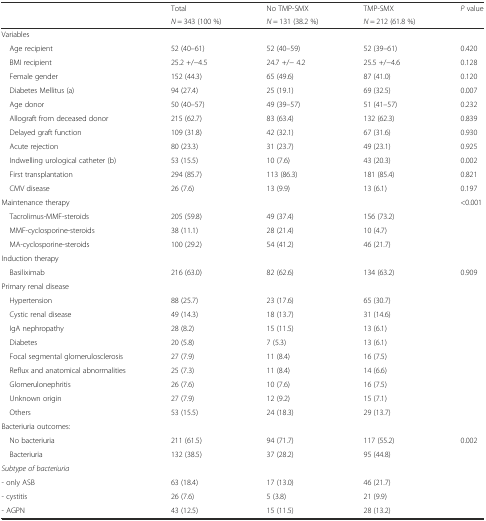
<table><thead><tr><td></td><td><b>Total</b></td><td><b>No TMP-SMX</b></td><td><b>TMP-SMX</b></td><td><b><i>P</i> value</b></td></tr><tr><td></td><td><b><i>N</i> = 343 (100 %)</b></td><td><b><i>N</i> = 131 (38.2 %)</b></td><td><b><i>N</i> = 212 (61.8 %)</b></td><td></td></tr></thead><tbody><tr><td>Variables</td><td></td><td></td><td></td><td></td></tr><tr><td> Age recipient</td><td>52 (40–61)</td><td>52 (40–59)</td><td>52 (39–61)</td><td>0.420</td></tr><tr><td> BMI recipient</td><td>25.2 +/−4.5</td><td>24.7 +/− 4.2</td><td>25.5 +/−4.6</td><td>0.128</td></tr><tr><td> Female gender</td><td>152 (44.3)</td><td>65 (49.6)</td><td>87 (41.0)</td><td>0.120</td></tr><tr><td> Diabetes Mellitus (a)</td><td>94 (27.4)</td><td>25 (19.1)</td><td>69 (32.5)</td><td>0.007</td></tr><tr><td> Age donor</td><td>50 (40–57)</td><td>49 (39–57)</td><td>51 (41–57)</td><td>0.232</td></tr><tr><td> Allograft from deceased donor</td><td>215 (62.7)</td><td>83 (63.4)</td><td>132 (62.3)</td><td>0.839</td></tr><tr><td> Delayed graft function</td><td>109 (31.8)</td><td>42 (32.1)</td><td>67 (31.6)</td><td>0.930</td></tr><tr><td> Acute rejection</td><td>80 (23.3)</td><td>31 (23.7)</td><td>49 (23.1)</td><td>0.925</td></tr><tr><td> Indwelling urological catheter (b)</td><td>53 (15.5)</td><td>10 (7.6)</td><td>43 (20.3)</td><td>0.002</td></tr><tr><td> First transplantation</td><td>294 (85.7)</td><td>113 (86.3)</td><td>181 (85.4)</td><td>0.821</td></tr><tr><td> CMV disease</td><td>26 (7.6)</td><td>13 (9.9)</td><td>13 (6.1)</td><td>0.197</td></tr><tr><td>Maintenance therapy</td><td></td><td></td><td></td><td>&lt;0.001</td></tr><tr><td> Tacrolimus-MMF-steroids</td><td>205 (59.8)</td><td>49 (37.4)</td><td>156 (73.2)</td><td></td></tr><tr><td> MMF-cyclosporine-steroids</td><td>38 (11.1)</td><td>28 (21.4)</td><td>10 (4.7)</td><td></td></tr><tr><td> MA-cyclosporine-steroids</td><td>100 (29.2)</td><td>54 (41.2)</td><td>46 (21.7)</td><td></td></tr><tr><td>Induction therapy</td><td></td><td></td><td></td><td></td></tr><tr><td> Basiliximab</td><td>216 (63.0)</td><td>82 (62.6)</td><td>134 (63.2)</td><td>0.909</td></tr><tr><td>Primary renal disease</td><td></td><td></td><td></td><td></td></tr><tr><td> Hypertension</td><td>88 (25.7)</td><td>23 (17.6)</td><td>65 (30.7)</td><td></td></tr><tr><td> Cystic renal disease</td><td>49 (14.3)</td><td>18 (13.7)</td><td>31 (14.6)</td><td></td></tr><tr><td> IgA nephropathy</td><td>28 (8.2)</td><td>15 (11.5)</td><td>13 (6.1)</td><td></td></tr><tr><td> Diabetes</td><td>20 (5.8)</td><td>7 (5.3)</td><td>13 (6.1)</td><td></td></tr><tr><td> Focal segmental glomerulosclerosis</td><td>27 (7.9)</td><td>11 (8.4)</td><td>16 (7.5)</td><td></td></tr><tr><td> Reflux and anatomical abnormalities</td><td>25 (7.3)</td><td>11 (8.4)</td><td>14 (6.6)</td><td></td></tr><tr><td> Glomerulonephritis</td><td>26 (7.6)</td><td>10 (7.6)</td><td>16 (7.5)</td><td></td></tr><tr><td> Unknown origin</td><td>27 (7.9)</td><td>12 (9.2)</td><td>15 (7.1)</td><td></td></tr><tr><td> Others</td><td>53 (15.5)</td><td>24 (18.3)</td><td>29 (13.7)</td><td></td></tr><tr><td>Bacteriuria outcomes:</td><td></td><td></td><td></td><td></td></tr><tr><td> No bacteriuria</td><td>211 (61.5)</td><td>94 (71.7)</td><td>117 (55.2)</td><td>0.002</td></tr><tr><td> Bacteriuria</td><td>132 (38.5)</td><td>37 (28.2)</td><td>95 (44.8)</td><td></td></tr><tr><td><i>Subtype of bacteriuria</i></td><td></td><td></td><td></td><td></td></tr><tr><td>- only ASB</td><td>63 (18.4)</td><td>17 (13.0)</td><td>46 (21.7)</td><td></td></tr><tr><td>- cystitis</td><td>26 (7.6)</td><td>5 (3.8)</td><td>21 (9.9)</td><td></td></tr><tr><td>- AGPN</td><td>43 (12.5)</td><td>15 (11.5)</td><td>28 (13.2)</td><td></td></tr></tbody></table>